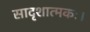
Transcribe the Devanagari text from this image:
सादृशात्मकः।